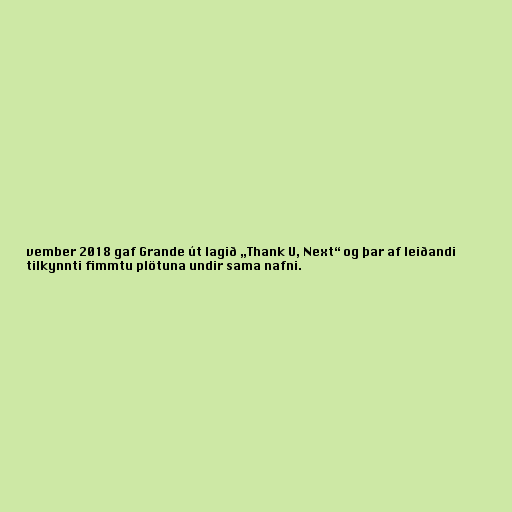
vember 2018 gaf Grande út lagið „Thank U, Next“ og þar af leiðandi
tilkynnti fimmtu plötuna undir sama nafni.